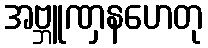
အဗ္ဘူဏှနဟေတု